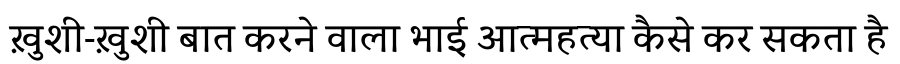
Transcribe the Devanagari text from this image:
ख़ुशी-ख़ुशी बात करने वाला भाई आत्महत्या कैसे कर सकता है